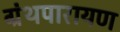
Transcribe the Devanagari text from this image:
ग्रंथपारायण